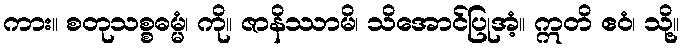
ကား။ စတုသစ္စဓမ္မံ၊ ကို။ ဇာနိဿာမိ၊ သိအောင်ပြုအံ့။ ဣတိ ဧဝံ၊ သို့။